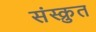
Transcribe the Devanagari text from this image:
संस्क्रुत